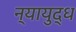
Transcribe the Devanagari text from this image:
न्यायुद्ध